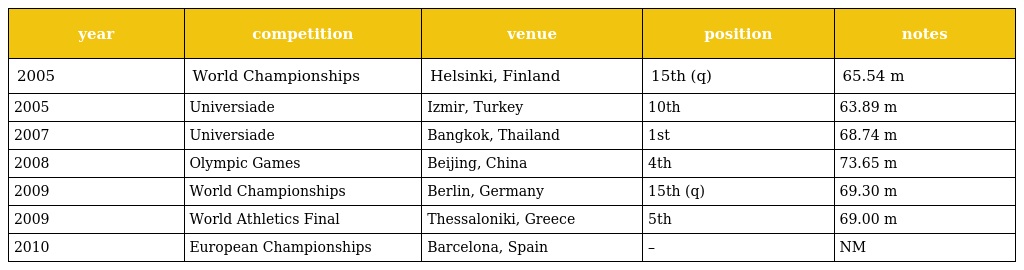
| year | competition | venue | position | notes |
 | --- | --- | --- | --- | --- |
 | 2005 | World Championships | Helsinki, Finland | 15th (q) | 65.54 m |
 | 2005 | Universiade | Izmir, Turkey | 10th | 63.89 m |
 | 2007 | Universiade | Bangkok, Thailand | 1st | 68.74 m |
 | 2008 | Olympic Games | Beijing, China | 4th | 73.65 m |
 | 2009 | World Championships | Berlin, Germany | 15th (q) | 69.30 m |
 | 2009 | World Athletics Final | Thessaloniki, Greece | 5th | 69.00 m |
 | 2010 | European Championships | Barcelona, Spain | – | NM |